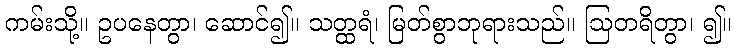
ကမ်းသို့။ ဥပနေတွာ၊ ဆောင်၍။ သတ္ထရံ၊ မြတ်စွာဘုရားသည်။ ဩတရိတွာ၊ ၍။